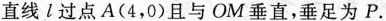
直线l过点A(4，0)且与OM垂直，垂足为P.